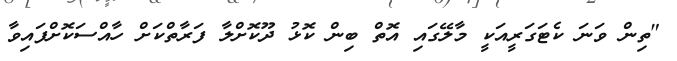
"ތިން ވަނަ ކެޓަގަރީއަކީ މާލޭގައި އޮތް ބިން ކޮޅު ދޫކޮށްލާ ފަރާތްކަށް ހާއްސަކޮށްފައިވާ